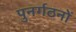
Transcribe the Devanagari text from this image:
पुनर्गठनों